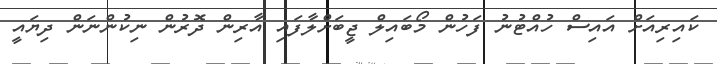
ކައިރިއަށް އައިސް ހުއްޓުނު ފަހުން މޯބައިލް ޖީބަށްލާފައި އާރިން ދޮރުން ނިކުންނަން ދިޔައީ